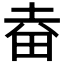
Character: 𤱒